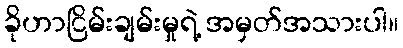
ခိုဟာငြိမ်းချမ်းမှုရဲ့ အမှတ်အသားပါ။